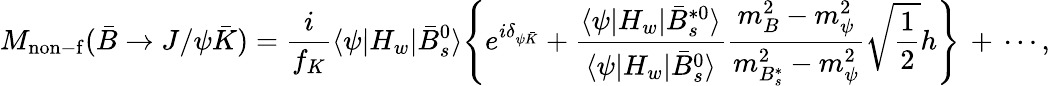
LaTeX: M_{\mathrm{non-f}}(\bar{B}\rightarrow J/\psi\bar{K})={\frac{i}{f_{K}}}\langle\psi|H_{w}|\bar{B}_{s}^{0}\rangle\Biggl\{ e^{i\delta_{\psi\bar{K}}}+{\frac{\langle\psi|H_{w}|\bar{B}_{s}^{*0}\rangle}{\langle\psi|H_{w}|\bar{B}_{s}^{0}\rangle}}{\frac{m_{B}^{2}-m_{\psi}^{2}}{m_{B_{s}^{*}}^{2}-m_{\psi}^{2}}}\sqrt{\frac{1}{2}}h\Biggr\} \, +\, \cdots,